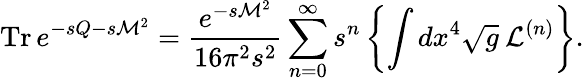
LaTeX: \mathrm{Tr}\, e^{-sQ-s{\cal M}^{2}}=\frac{e^{-s{\cal M}^{2}}}{16\pi^{2}s^{2}}\sum_{n=0}^{\infty}s^{n}\, \biggl\{ \int dx^{4}\sqrt{g}\: {\cal L}^{(n)}\biggr\} .